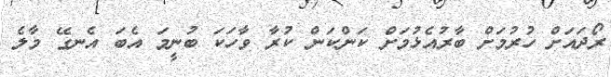
ރޯދައަށް ހުރުމަށް ބާރުއެޅުމަށް ކަންކަން ކުރާ ވާހަކަ ބުނީމަ އެބަ އެނގޭ މާލެ